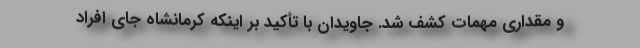
و مقداری مهمات کشف شد. جاویدان با تأکید بر اینکه کرمانشاه جای افراد